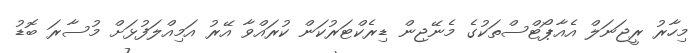
މިހާރު ރީޖަނަލް އެއާޕޯޓްސްތަކުގެ މެނޭޖިން ޑިރެކްޓަރުކަން ކުރައްވާ އޭރު އަމިއްލަފުޅަށް މުސާރަ ބޮޑު